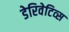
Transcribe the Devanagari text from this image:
डेरिवेटिव्स